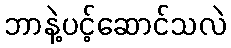
ဘာနဲ့ပင့်ဆောင်သလဲ